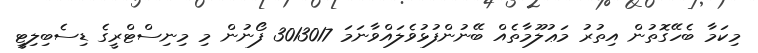
މިކަމާ ބެހޭގޮތުން އިތުރު މަޢުލޫމާތެއް ބޭނުންފުޅުވެލައްވާނަމަ 3013017 ފޯނުން މި މިނިސްޓްރީގެ ޑިސެބިލިޓީ